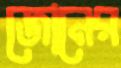
জোনের